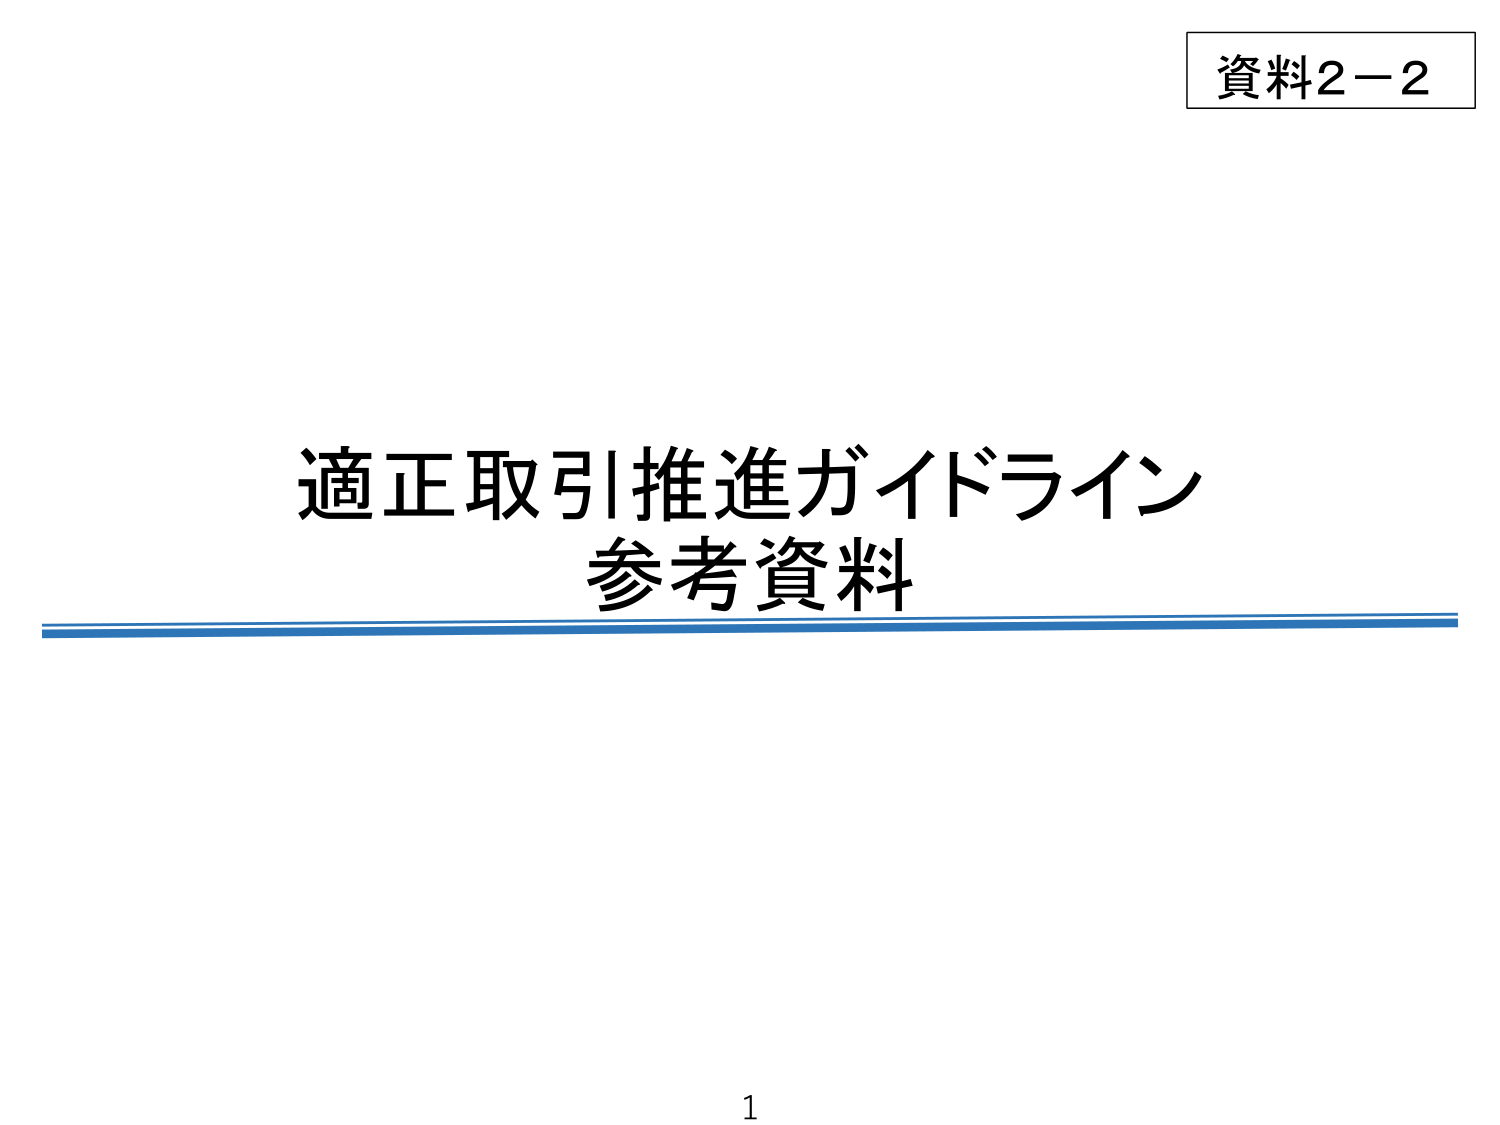
資料2－2
適正取引推進ガイドライン
参考資料
1